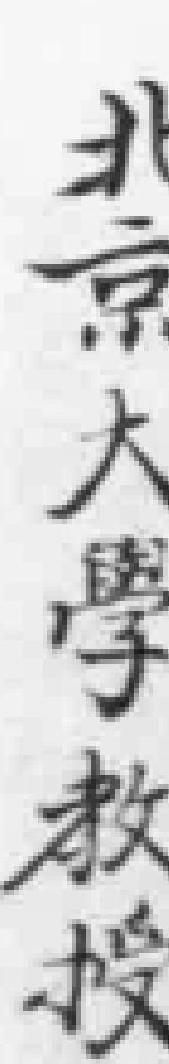
北京大學教授